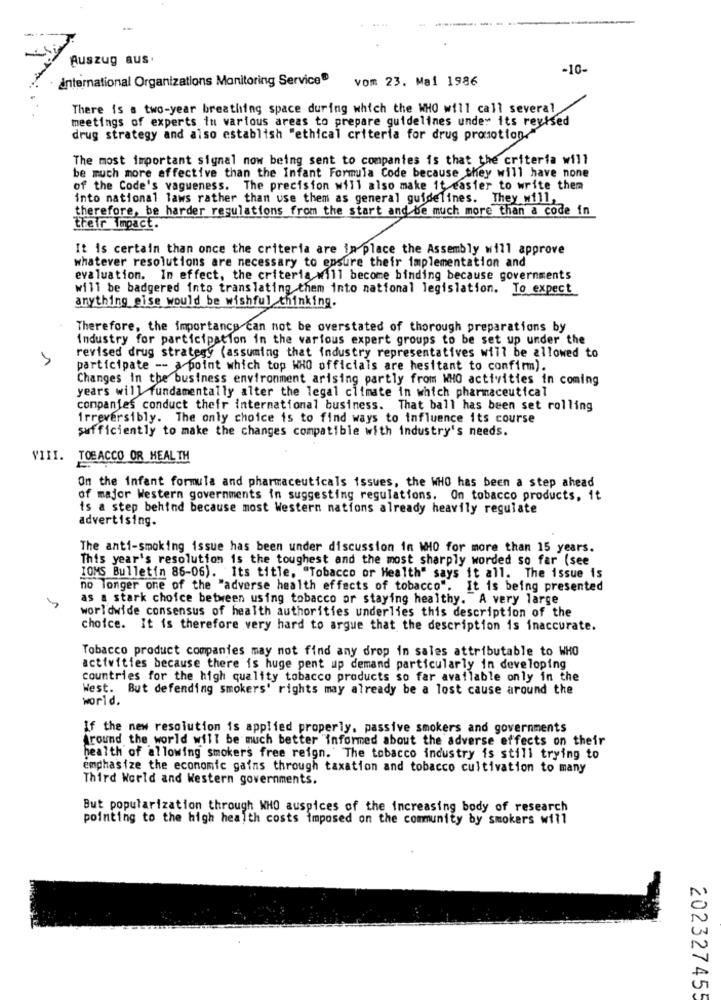
Auszug aus.
-10-
international Organizations Monitoring Service
vom 23. Mal 1986
There is a two-year breathing space during which the WHO will call several
meetings of experts in various areas to prepare guidelines under its revised
drug strategy and also establish "ethical criteria for drug promotion."
The most important signal now being sent to companies is that the criteria will
be much more effective than the Infant Formula Code because they will have none
of the Code's vagueness. The precision will also make it easier to write them
into national laws rather than use them as general guidelines. They will,
therefore, be harder regulations from the start and be much more than a code in
their Impact.
It is certain than once the criteria are in place the Assembly will approve
whatever resolutions are necessary to ensure their implementation and
evaluation. In effect, the criteria will become binding because governments
will be badgered into translating them into national legislation. To expect
anything else would be wishful thinking.
Therefore, the importance can not be overstated of thorough preparations by
Industry for participation in the various expert groups to be set up under the
revised drug strategy (assuming that industry representatives will be allowed to
participate -- a point which top WHO officials are hesitant to confirm).
Changes in the business environment arising partly from WHO activities in coming
years will fundamentally alter the legal climate in which pharmaceutical
companies conduct thefr international business. That ball has been set rolling
irreversibly. The only choice is to find ways to influence its course
sufficiently to make the changes compatible with industry's needs.
VIII. TOBACCO OR HEALTH
On the infant formula and pharmaceuticals issues, the WHO has been a step ahead
of major Western governments in suggesting regulations. On tobacco products, it
is a step behind because most Western nations already heavily regulate
advertising.
The anti-smoking issue has been under discussion in WHO for more than 15 years.
This year's resolution is the toughest and the most sharply worded so far (see
IOMS Bulletin 86-06). Its title. "Tobacco or Health" says it all. The issue is
no longer one of the "adverse health effects of tobacco". It is being presented
as a stark choice between using tobacco or staying healthy. A very large
y
worldwide consensus of health authorities underlies this description of the
choice. It is therefore very hard to argue that the description is inaccurate.
Tobacco product companies may not find any drop in sales attributable to WHO
activities because there is huge pent up demand particularly in developing
countries for the high quality tobacco products so far available only in the
West. But defending smokers' rights may already be a lost cause around the
world.
If the new resolution is applied properly. passive smokers and governments
Around the world will be much better informed about the adverse effects on their
health of allowing smokers free reign. The tobacco industry is still trying to
emphasize the economic gains through taxation and tobacco cultivation to many
Third World and Western governments.
But popularization through WHO auspices of the increasing body of research
pointing to the high health costs imposed on the community by smokers will
202327455